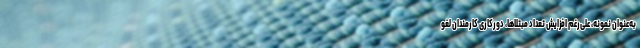
به‌عنوان نمونه، علی‌رغم افزایش تعداد مبتلاها، دورکاری کارمندان لغو